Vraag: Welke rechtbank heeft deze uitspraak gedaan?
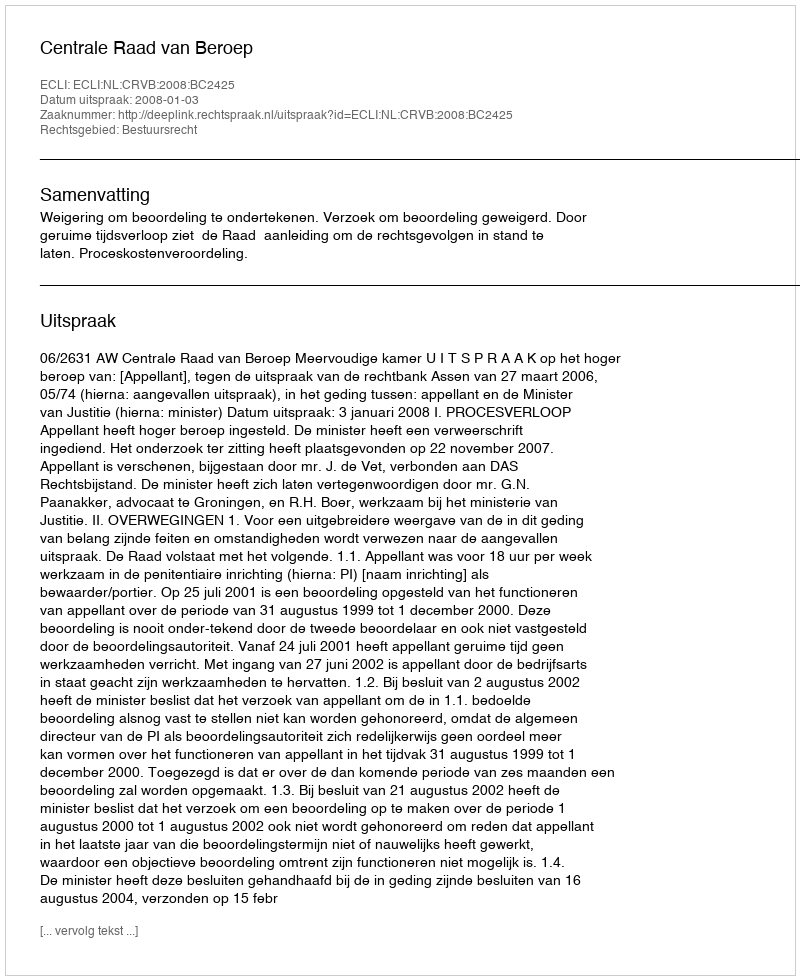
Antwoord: Centrale Raad van Beroep